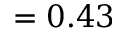
= 0 . 4 3